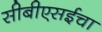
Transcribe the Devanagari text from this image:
सीबीएसईचा